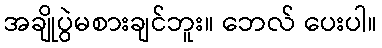
အချိုပွဲမစားချင်ဘူး။ ဘေလ် ပေးပါ။